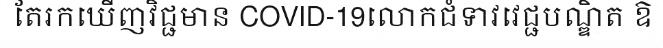
តែរកឃើញវិជ្ជមាន COVID-19លោកជំទាវវេជ្ជបណ្ឌិត ឱ